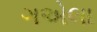
ગએલા